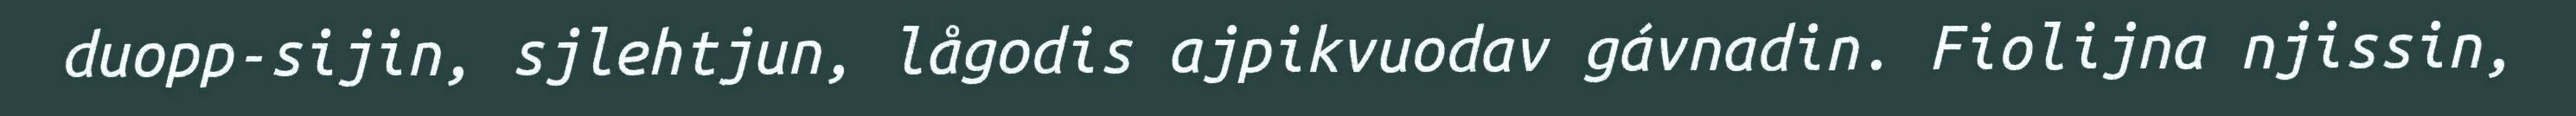
duopp-sijin, sjlehtjun, lågodis ajpikvuodav gávnadin. Fiolijna njissin,